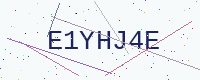
Text: E1YHJ4E